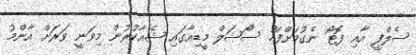
ސެލްފީ އާއި ފޮޓޯ ނެގުމަށްފަހު ސޯޝަލް މީޑިއާގައި ޝެއާކުރުން މިވަނީ ވަރަށް އާންމު